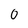
Character: O